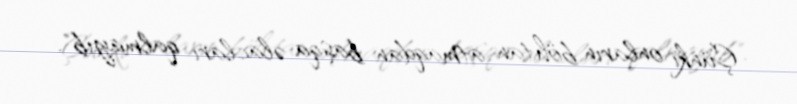
Çünki onların böhtan atmaqdan başqa əlacları qalmayıb".